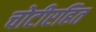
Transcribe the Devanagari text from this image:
चोटीरहित